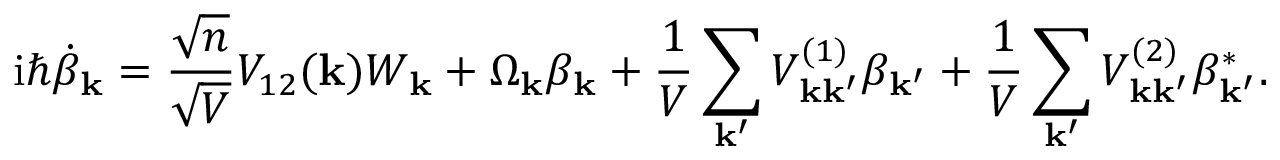
\mathrm { i } \hbar \dot { \beta } _ { \mathbf { k } } = \frac { \sqrt { n } } { \sqrt { V } } V _ { 1 2 } ( \mathbf { k } ) W _ { \mathbf { k } } + \Omega _ { \mathbf { k } } \beta _ { \mathbf { k } } + \frac { 1 } { V } \sum _ { \mathbf { k } ^ { \prime } } V _ { \mathbf { k } \mathbf { k } ^ { \prime } } ^ { ( 1 ) } \beta _ { \mathbf { k } ^ { \prime } } + \frac { 1 } { V } \sum _ { \mathbf { k } ^ { \prime } } V _ { \mathbf { k } \mathbf { k } ^ { \prime } } ^ { ( 2 ) } \beta _ { \mathbf { k } ^ { \prime } } ^ { * } .